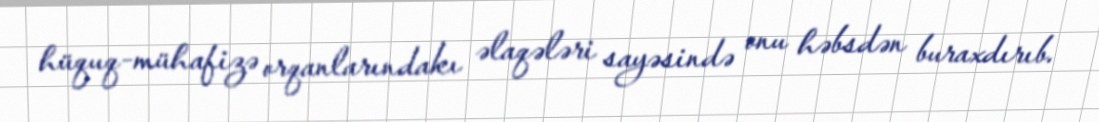
hüquq-mühafizə orqanlarındakı əlaqələri sayəsində onu həbsdən buraxdırıb.